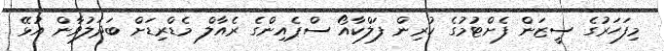
މިފަހަރުގެ ސީޒަން ފެށްޓުމުގެ ކުރިން ފަލްކާއޯ ސްޕެއިންގެ ރެއާލް މެޑްރިޑަށް ބަދަލުވާން އުޅޭ